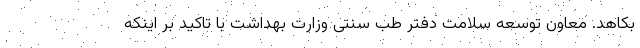
بکاهد. معاون توسعه سلامت دفتر طب سنتی وزارت بهداشت با تاکید بر اینکه